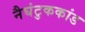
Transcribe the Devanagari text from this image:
नैघंटुककांड